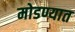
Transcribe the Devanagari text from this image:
मोडण्यात